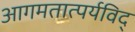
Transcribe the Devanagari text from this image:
आगमतात्पर्यविद्